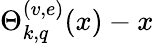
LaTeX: \Theta_{k,q}^{(v,e)}(x)-x